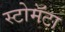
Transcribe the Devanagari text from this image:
स्टोमॅटा